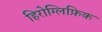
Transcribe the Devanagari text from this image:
हिरोग्लिफ़िक